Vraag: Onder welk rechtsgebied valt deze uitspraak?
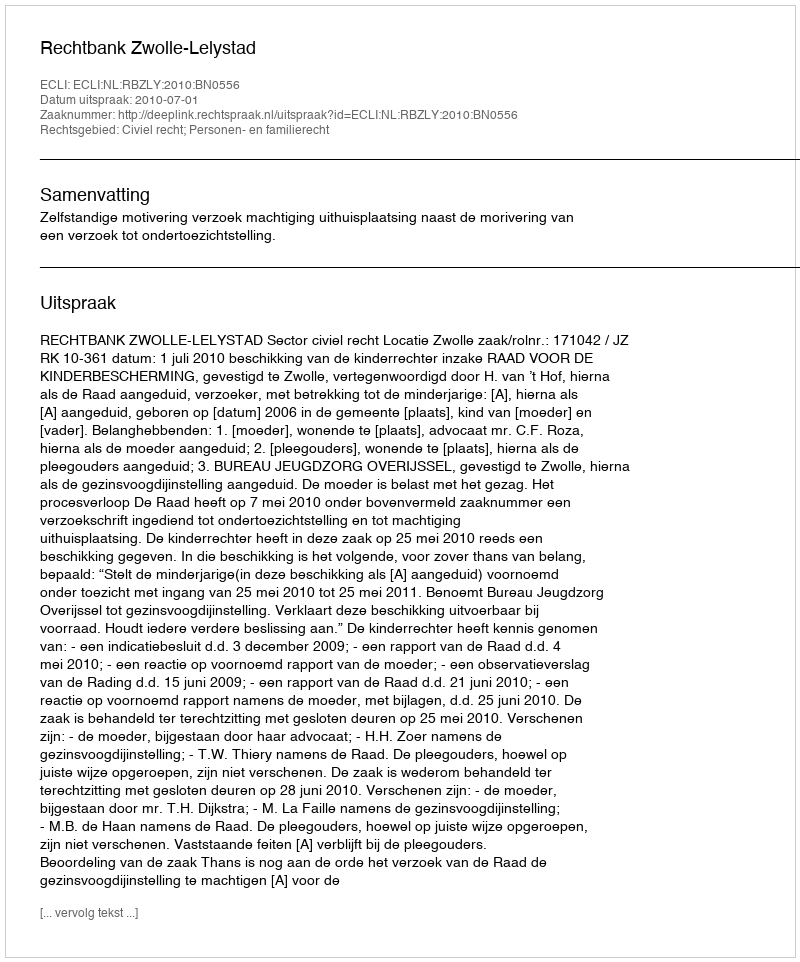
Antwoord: Civiel recht; Personen- en familierecht